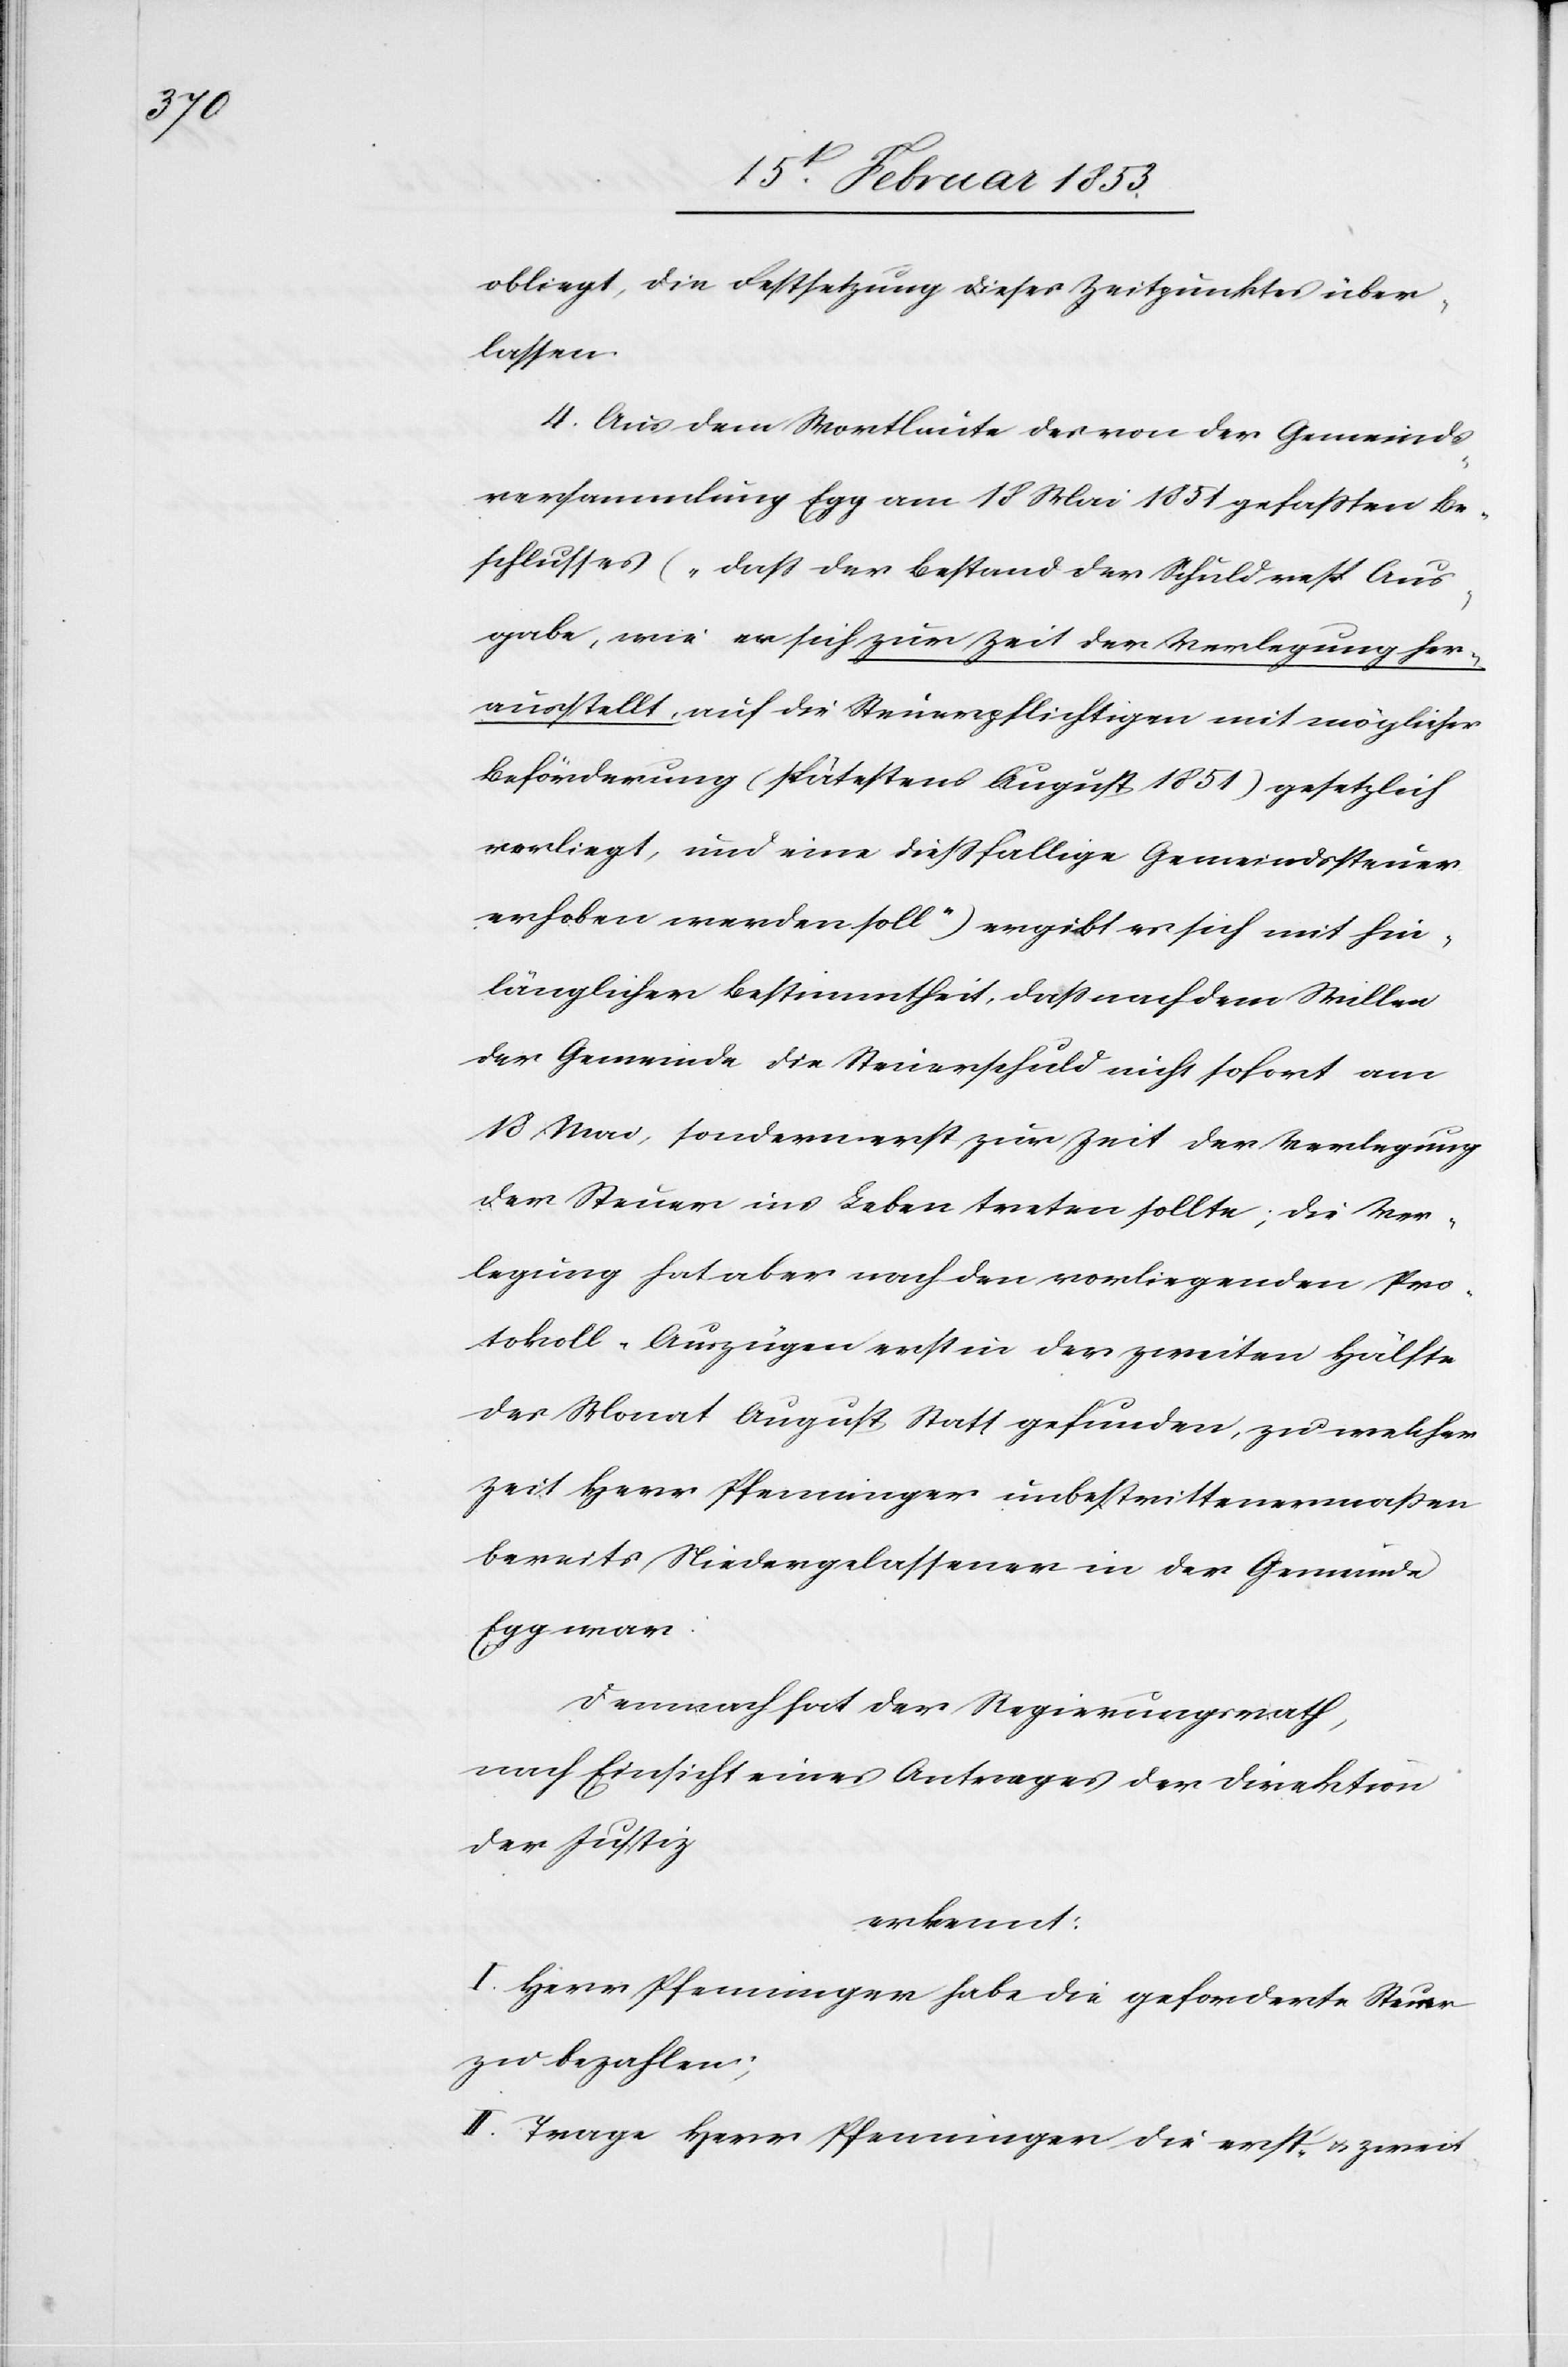
obliegt, die Festsetzung dieses Zeitpunktes über¬
lassen.
4. Aus dem Wortlaute des von der Gemeinds¬
versammlung Egg am 18 Mai 1851 gefaßten Be¬
schlußes („daß der Bestand der Schuld nebst Aus¬
gabe, wie an sich zur Zeit der Verlegung her¬
ausstellt, auf die Steuerpflichtigen mit möglicher
Beförderung (spätestens August 1851) gesetzlich
vorliegt, und eine dießfällige Gemeindssteuer
erhoben werden soll“) ergibt sich mit hin¬
länglicher Bestimmtheit, daß nach dem Willen
der Gemeinde die Steuerschuld nicht sofort am
18 Mai, sondern erst zur Zeit der Verlegung
der Steuer ins Leben treten sollte, die Ver¬
legung hat aber nach den vorliegenden Pro¬
tokoll-Auszügen erst in der zweiten Hälfte
des Monat August Statt gefunden, zu welcher
Zeit Herr Pfenninger unbestrittenermaßen
bereits Niedergelassen in der Gemeinde
Egg war.
Demnach hat der Regierungsrath,
nach Einsicht eines Antrages der Direktion
der Justiz
erkennt:
I. Herr Pfenninger habe die geforderte Steuer
zu bezahlen;
II. Trage Herr Pfenninger die erst. u. zweit